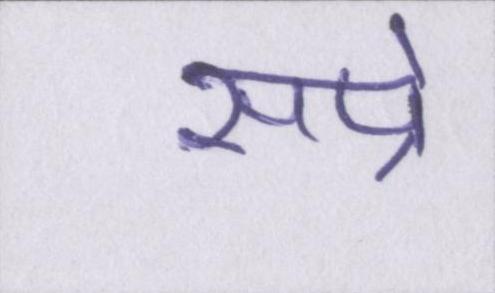
सप्रे